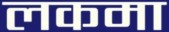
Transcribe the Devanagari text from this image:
लकमा